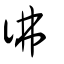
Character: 彿